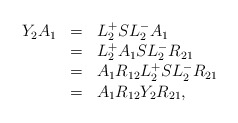
\begin{align*}\begin{array}{rcl}Y_2 A_1 & = & L^+_2 SL^-_2 A_1\\ & = & L^+_2 A_1 SL^-_2 R_{21}\\ & = & A_1 R_{12} L^+_2 SL^-_2 R_{21}\\ & = & A_1 R_{12} Y_2 R_{21},\end{array}\end{align*}